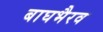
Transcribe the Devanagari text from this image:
बाघभैरव